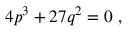
\; 4 p ^ { 3 } + 2 7 q ^ { 2 } = 0 \; ,